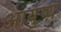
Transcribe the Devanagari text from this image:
आयुष्य़